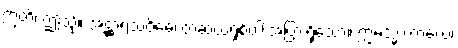
ဣတိ၊ ဤသို့။ အဋ္ဌာရသဝိဓေ၊ တဆယ့်ရှစ်ပါးအပြားရှိသော။ ဣမသ္မိံ ကာယေ၊